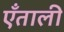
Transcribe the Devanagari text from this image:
एँताली